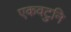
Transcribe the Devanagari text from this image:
एकवटुनि